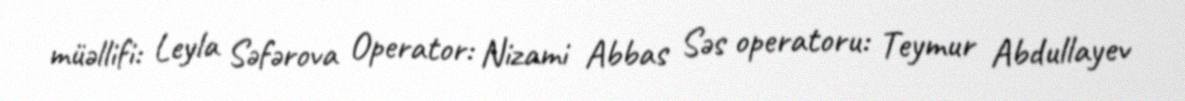
müəllifi: Leyla Səfərova Operator: Nizami Abbas Səs operatoru: Teymur Abdullayev